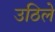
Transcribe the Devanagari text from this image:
उठिले